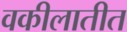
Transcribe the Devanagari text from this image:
वकीलातीत